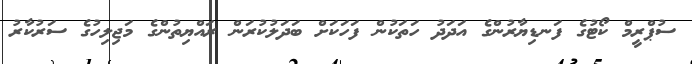
ސުޕްރީމް ކޯޓުގެ ފަނޑިޔާރުންގެ އަދަދު ހަތަކުން ފަހަކަށް ބަދަލުކުރަން ރައްޔިތުންގެ މަޖިލިހުގެ ސަރުކާރު